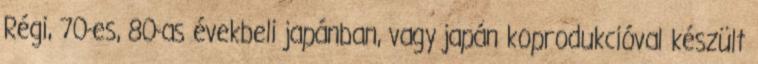
Régi, 70-es, 80-as évekbeli japánban, vagy japán koprodukcióval készült